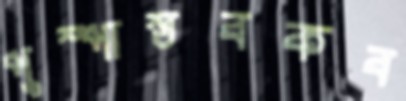
পুস্পাস্তবকব